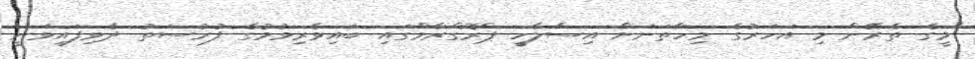
"މީގެ ތެރޭން މި އަހަރުގެ މިހާތަނަށް އިސްލާހީ ޕްރޮގްރާމްގައި ބައިވެރިވުމުގެ ފުރުސަތު ދެވިފައިވަނީ